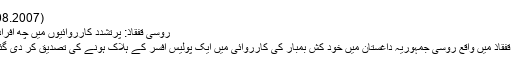
(28.08.2007)
روسی قفقاذ: پرتشدد کارروائیوں میں چھ افراد ہلاک
شمالی قفقاذ میں واقع روسی جمہوریہ داغستان میں خود کش بمبار کی کارروائی میں ایک پولیس افسر کے ہلاک ہونے کی تصدیق کر دی گئی ہے۔